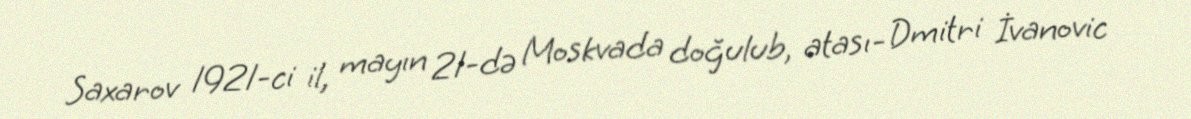
Saxarov 1921-ci il, mayın 21-də Moskvada doğulub, atası- Dmitri İvanovic